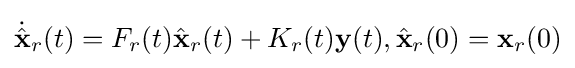
{\dot {\hat {\mathbf {x} }}}_{r}(t)=F_{r}(t){\hat {\mathbf {x} }}_{r}(t)+K_{r}(t){\mathbf {y} }(t),{\hat {\mathbf {x} }}_{r}(0)={\mathbf {x} }_{r}(0)